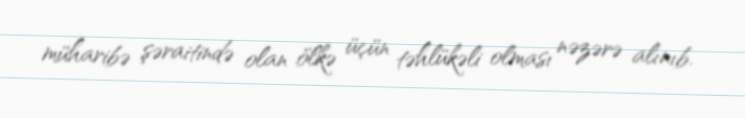
müharibə şəraitində olan ölkə üçün təhlükəli olması nəzərə alınıb.